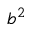
b ^ { 2 }